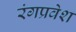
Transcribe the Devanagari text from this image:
रंगप्रवेश